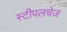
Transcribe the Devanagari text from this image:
स्टीपलचेज